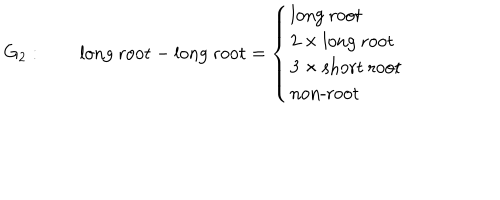
LaTeX: G _ { 2 } : \qquad \mathrm { l o n g ~ r o o t } - \mathrm { l o n g ~ r o o t } = \left\{ \begin{array} { l } { { \mathrm { l o n g ~ r o o t } } } \\ { { 2 \times \mathrm { l o n g ~ r o o t } } } \\ { { 3 \times \mathrm { s h o r t ~ r o o t } } } \\ { { \mathrm { n o n - r o o t } } } \\ \end{array} \right.